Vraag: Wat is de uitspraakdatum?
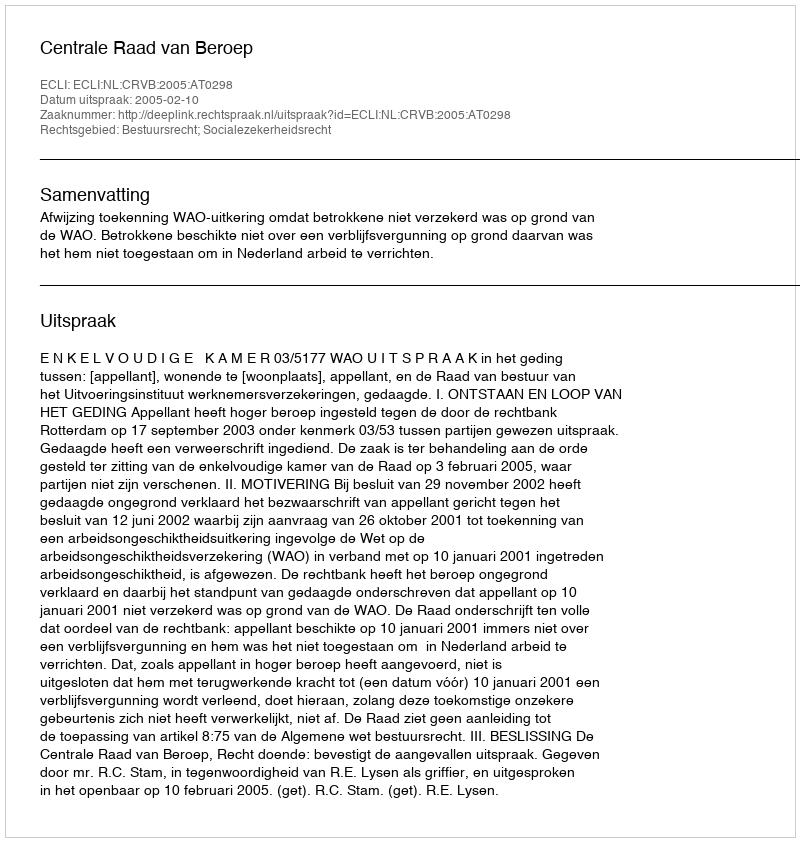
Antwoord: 2005-02-10